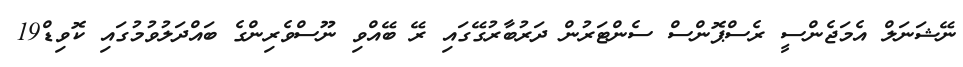
ނޭޝަނަލް އެމަޖެންސީ ރެސްޕޮންސް ސެންޓަރުން ދަރުބާރުގޭގައި ރޭ ބޭއްވި ނޫސްވެރިންގެ ބައްދަލުވުމުގައި ކޮވިޑް19